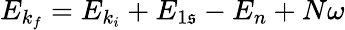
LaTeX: E_{k_{f}}=E_{k_{i}}+{E}_{1\mathfrak{s}}-{E}_{n}+N\omega